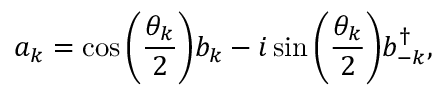
a _ { k } = \cos { \left( \frac { \theta _ { k } } { 2 } \right) } b _ { k } - i \sin { \left( \frac { \theta _ { k } } { 2 } \right) } b _ { - k } ^ { \dagger } ,